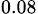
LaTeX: _{0.08}